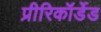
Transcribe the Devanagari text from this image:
प्रीरिकॉर्डेड